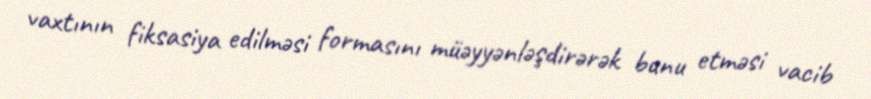
vaxtının fiksasiya edilməsi formasını müəyyənləşdirərək bunu etməsi vacib